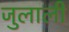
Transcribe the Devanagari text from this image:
जुलाली